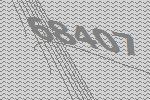
68407